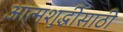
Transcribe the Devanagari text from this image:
आत्मशुद्धीसाठी